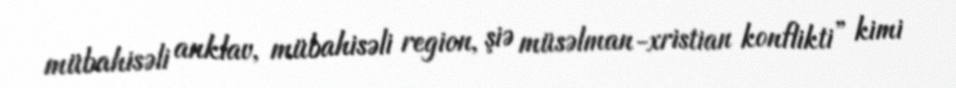
mübahisəli anklav, mübahisəli region, şiə müsəlman-xristian konflikti” kimi